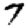
Digit: 7